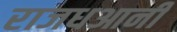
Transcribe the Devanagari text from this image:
राजधआनी